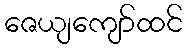
ဇေယျကျော်ထင်